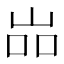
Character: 𱛢